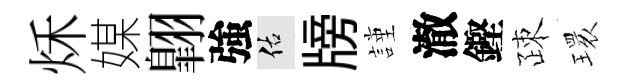
秌媒翺強佑牓謹澈鏗疎𤨔